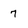
Character: 7